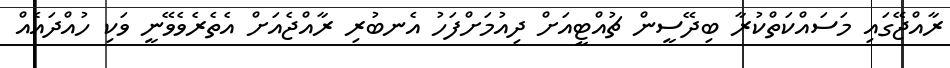
ރާއްޖޭގައި މަސައްކަތްކުރާ ބިދޭސީން ޗުއްޓީއަށް ދިއުމަށްފަހު އެނބުރި ރާއްޖެއަށް އެތެރެވެވޭނީ ވަކި ހުއްދައެއް